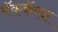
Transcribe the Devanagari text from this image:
मॅककॅरन